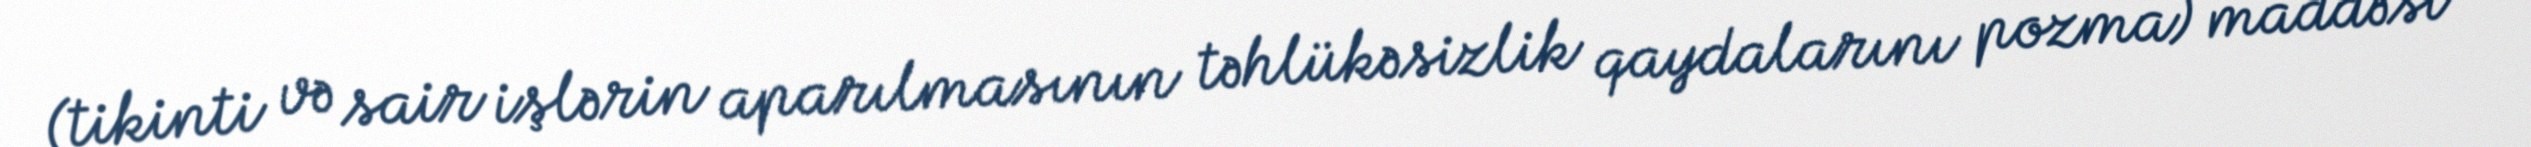
(tikinti və sair işlərin aparılmasının təhlükəsizlik qaydalarını pozma) maddəsi